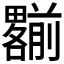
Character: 𠠩